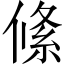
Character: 絛